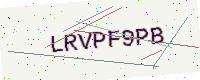
Text: LRVPF9PB